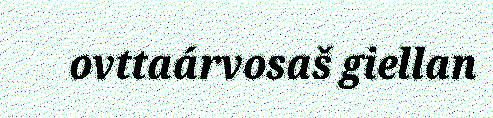
ovttaárvosaš giellan